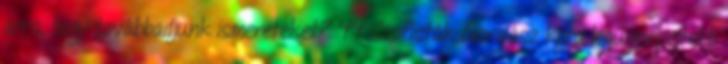
arra, hogy továbbadjunk ismereteket? 44 Szofisták Gorgiász kora legünnepeltebb